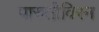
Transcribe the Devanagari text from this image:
पारुतीविरन